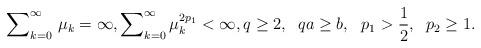
LaTeX: \begin{align*}{\sum}_{k=0}^{\infty} \ \mu_k = \infty, {\sum}_{k=0}^\infty \, \mu_k^{2p_1} < \infty, q \geq 2, \;\; qa \geq b, \ \ p_1 > \frac12, \;\; p_2 \geq 1.\end{align*}